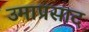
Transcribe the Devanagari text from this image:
उमाप्रसाद